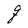
Character: q